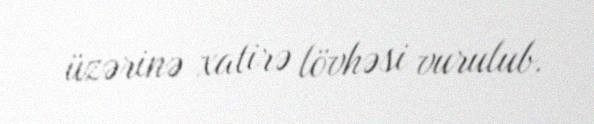
üzərinə xatirə lövhəsi vurulub.